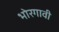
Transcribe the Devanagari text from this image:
भोरगावी